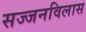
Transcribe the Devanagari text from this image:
सज्जनविलास